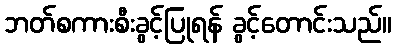
ဘတ်စကားစီးခွင့်ပြုရန် ခွင့်တောင်းသည်။